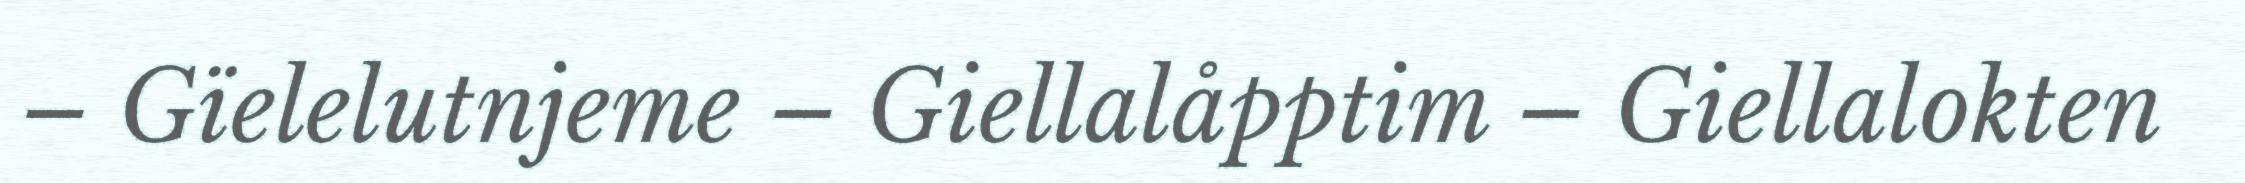
– Gïelelutnjeme – Giellalåpptim – Giellalokten